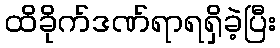
ထိခိုက်ဒဏ်ရာရရှိခဲ့ပြီး